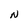
Character: N